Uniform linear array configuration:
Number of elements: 12
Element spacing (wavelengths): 0.25
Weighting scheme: uniform
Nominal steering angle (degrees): -30
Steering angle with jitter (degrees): -28.236
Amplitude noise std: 0.05
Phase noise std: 0.05

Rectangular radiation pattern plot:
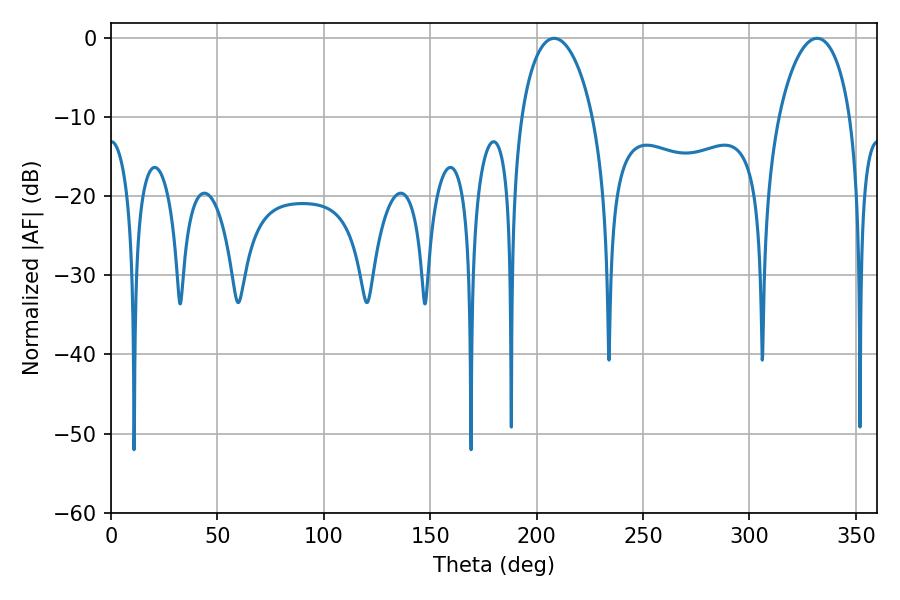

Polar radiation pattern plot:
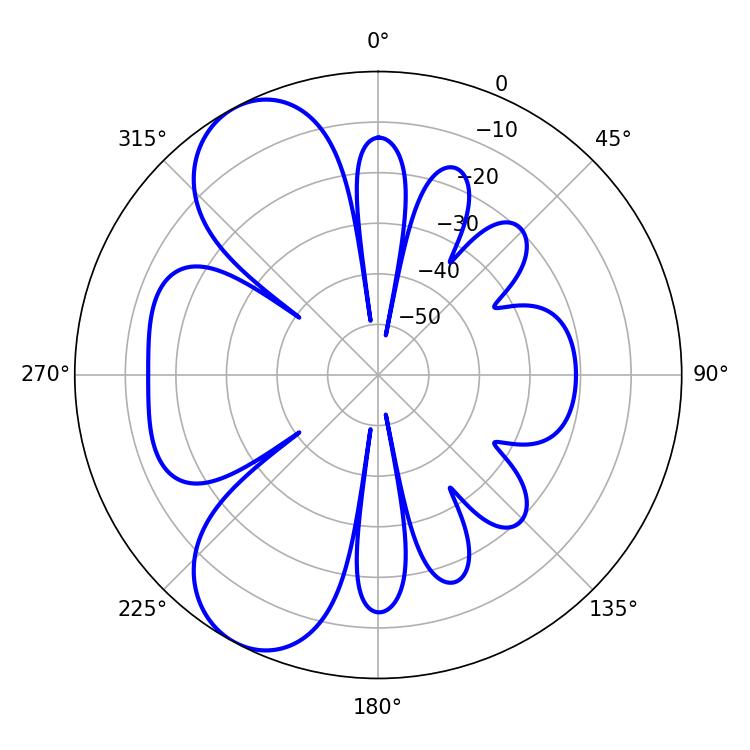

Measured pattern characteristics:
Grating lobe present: FALSE
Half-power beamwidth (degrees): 19.26
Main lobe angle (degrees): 208.26